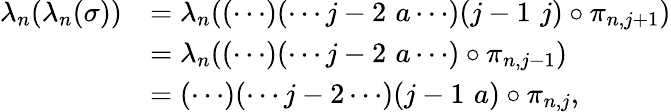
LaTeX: \begin{array}{rl}{\lambda_{n}(\lambda_{n}(\sigma))}&{=\lambda_{n}((\cdots)(\cdots j-2\, \, a\cdots)(j-1\, \, j)\circ\pi_{n,j+1})}\\ &{=\lambda_{n}((\cdots)(\cdots j-2\, \, a\cdots)\circ\pi_{n,j-1})}\\ &{=(\cdots)(\cdots j-2\cdots)(j-1\, \, a)\circ\pi_{n,j},}\end{array}